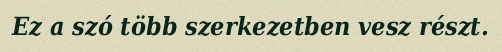
Ez a szó több szerkezetben vesz részt.